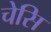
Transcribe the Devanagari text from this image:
चेसि